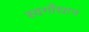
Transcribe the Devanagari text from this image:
स्वर्गोद्यान